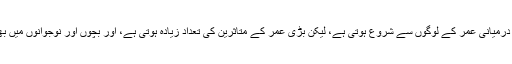
اگرچہ یہ بیماری درمیانی عمر کے لوگوں سے شروع ہوتی ہے، لیکن بڑی عمر کے متاثرین کی تعداد زیادہ ہوتی ہے، اور بچوں اور نوجوانوں میں بھی پائی جاتی ہے۔